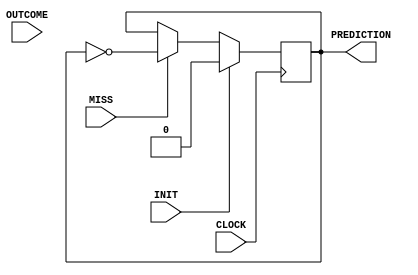
module counterOne(
    input CLOCK,
    input INIT,
    input OUTCOME,
    input MISS,
    output wire PREDICTION
);

reg count;

always @(posedge CLOCK) begin
    if (INIT) begin
        count <= 1'b0;
    end else begin
        if (MISS) begin
            count <= ~count;
        end
    end
end

assign PREDICTION = count;

endmodule